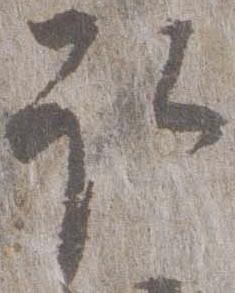
取